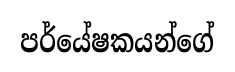
පර්යේෂකයන්ගේ